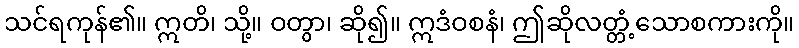
သင်ရကုန်၏။ ဣတိ၊ သို့။ ဝတွာ၊ ဆို၍။ ဣဒံဝစနံ၊ ဤဆိုလတ္တံ့သောစကားကို။